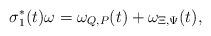
LaTeX: \begin{align*}{\sigma_{1}^{*}}(t)\omega=\omega_{Q,P}(t)+\omega_{\Xi,\Psi}(t),\end{align*}